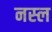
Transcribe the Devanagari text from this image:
नस्‍ल